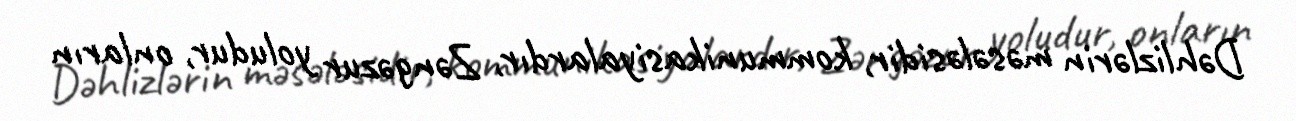
Dəhlizlərin məsələsidir, kommunikasiyalardır, Zəngəzur yoludur, onların